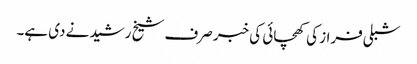
شبلی فراز کی کھچائی کی خبر صرف شیخ رشید نے دی ہے۔